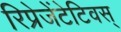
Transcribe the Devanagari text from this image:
रिप्रेजेंटेटिवस्